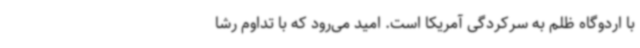
با اردوگاه ظلم به سرکردگی آمریکا است. امید می‌رود که با تداوم رشا